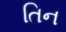
તિન